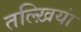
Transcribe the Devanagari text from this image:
तल्ख़ियां